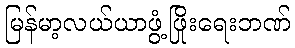
မြန်မာ့လယ်ယာဖွံ့ဖြိုးရေးဘဏ်